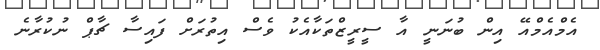
އެމްއެމްއޭ އިން ބުނަނީ އާ ސީރީޒްތަކާއެކު ވެސް އިތުރަށް ފައިސާ ޗާޕް ނުކުރާނެ